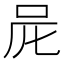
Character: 𠰨